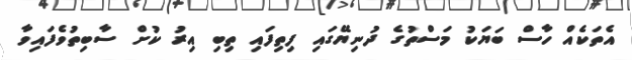
އެތަކެއް ހާސް ބަޔަކު މަސްތުގެ ދުނިޔޭގައި ފިތިފައި ތިބި އިރު ކުށް ސާބިތުވެފައިވާ